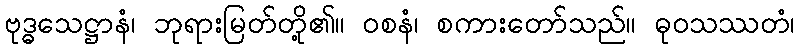
ဗုဒ္ဓသေဋ္ဌာနံ၊ ဘုရားမြတ်တို့၏။ ဝစနံ၊ စကားတော်သည်။ ဓုဝသဿတံ၊